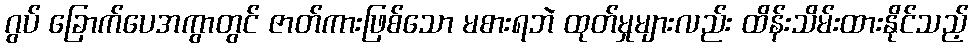
ဂွပ် ခြောက်ပေအကွာတွင် ဇာတ်ကားဖြစ်သော မစားရဘဲ ထုတ်မှုများလည်း ထိန်းသိမ်းထားနိုင်သည့်